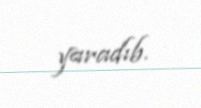
yaradıb.